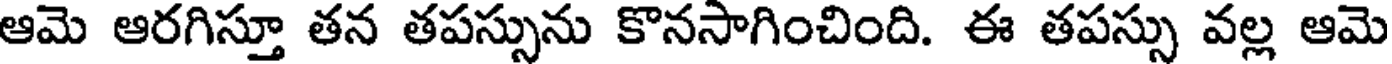
ఆమె ఆరగిస్తూ తన తపస్సును కొనసాగించింది. ఈ తపస్సు వల్ల ఆమె